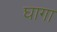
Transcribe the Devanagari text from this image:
घागा